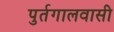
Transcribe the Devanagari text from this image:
पुर्तगालवासी